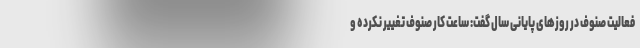
فعالیت صنوف در روزهای پایانی سال گفت: ساعت کار صنوف تغییر نکرده و